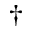
\dagger